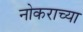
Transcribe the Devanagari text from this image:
नोकराच्या